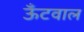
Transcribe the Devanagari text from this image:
ऊँटवाल